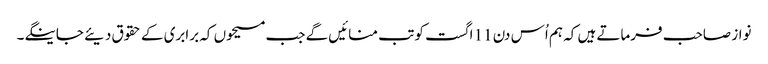
نواز صاحب فرماتے ہیں کہ ہم اُس دن 11 اگست کو تب منائیں گے جب مسیحوں کہ برابری کے حقوق دیئے جاینگے۔